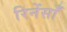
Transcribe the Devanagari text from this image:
रिनेंसाँ